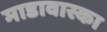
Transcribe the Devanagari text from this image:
माडावास्का